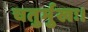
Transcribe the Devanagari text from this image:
चतुर्मुखः।